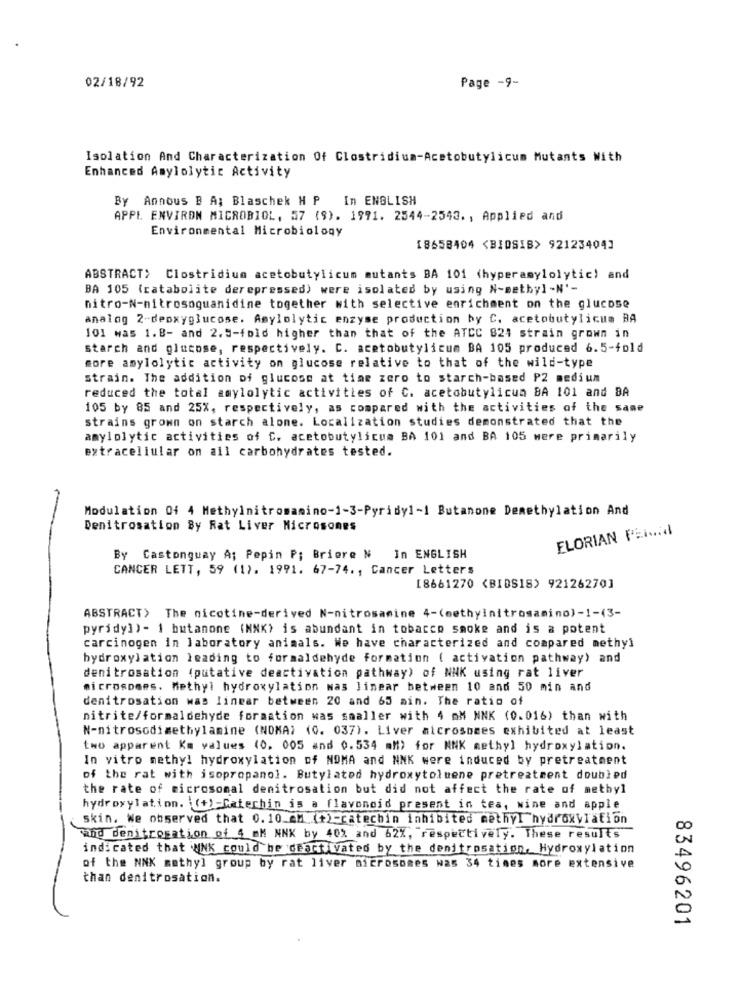
02/18/92
Page -9-
Isolation And Characterization Of Clostridium-Acetobutylicum Mutants With
Enhanced Amylolytic Activity
By Annous B A; Blaschek H P
In ENGLISH
APPL ENVIRON MICROBIOL, 57 (9). 1991. 2544-2543. , Applied and
Environmental Microbiology
18658404 <BIOSIB> 92123404]
ABSTRACT> Clostridium acetobutylicum mutants BA 101 (hyperamylolytic) and
BA 105 (catabolite derepressed) were isolated by using N-methyl-N'-
nitro-N-nitrosoguanidine together with selective enrichment on the glucose
analog 2-deoxyglucose. Amylolytic enzyse production by C. acetobutylicum BA
101 was 1.B- and 2.5-fold higher than that of the ATCC 821 strain grown in
starch and glucose, respectively. C. acetobutylicum BA 105 produced 6.5-fold
more amylolytic activity on glucose relative to that of the wild-type
strain. The addition of glucose at time zero to starch-based P2 medium
reduced the total amylolytic activities of C. acetobutylicun BA 101 and BA
105 by 85 and 25%, respectively, as compared with the activities of the same
strains grown on starch alone. Localization studies demonstrated that the
amylolytic activities of C. acetobutylicum BA 101 and BA 105 were primarily
extracellular on all carbohydrates tested.
Modulation 04 4 Methylnitromamino-1-3-Pyridy1-1 Butanone Demethylation And
Denitrosation By Rat Liver Microsomes
FLORIAN PERMil
By Castonguay A; Pepin P; Briere N In ENGLISH
CANCER LETT, 59 (1). 1991. 67-74. , Cancer Letters
[8661270 <BIDS18) 92126270]
ABSTRACT> The nicotine-derived N-nitrosamine 4-(methylnitrosamino)-1-(3-
pyridy])- 1 butanone (NNK) is abundant in tobacco smoke and is a potent
carcinogen in laboratory animals. We have characterized and compared methyl
hydroxylation leading to formaldehyde formation ( activation pathway) and
denitrosation (putative deactivation pathway) of NNK using rat liver
microsomes. Methyl hydroxylation was linear between 10 and 50 min and
denitrosation was linear between 20 and 65 min. The ratio of
nitrite/formaldehyde formation was smaller with 4 mM NNK (0.016) than with
N-nitrosodimethylamine (NOMA) (0. 037). Liver alcrosomes exhibited at least
two apparent Km values (0, 005 and 0.534 alt) for NNK methyl hydroxylation.
In vitro methyl hydroxylation of NOMA and NNK were induced by pretreatment
of the rat with isopropanol. Butylated hydroxytoluene pretreatment doubled
the rate of microsomal denitrosation but did not affect the rate of methyl
hydroxylation. (+)-Catechin is a flavonoid present in tea, wine and apple
skin. We observed that 0.10 __ M (+)-catechin inhibited methyl hydroxyIation
and denitrogation of 4 mm NNK by 40% and 62%, respectively. These results
indicated that UNK could be deactivated by the denitrosation, Hydroxylation
of the NNK methyl group by rat liver microsomes was 34 times more extensive
than denitrosation.
83496201